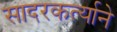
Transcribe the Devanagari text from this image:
सादरकर्त्याने